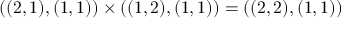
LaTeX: ( ( 2 , 1 ) , ( 1 , 1 ) ) \times ( ( 1 , 2 ) , ( 1 , 1 ) ) = ( ( 2 , 2 ) , ( 1 , 1 ) )